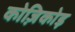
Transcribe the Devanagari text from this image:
कोज़िकोड़